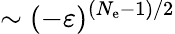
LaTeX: \sim(-\varepsilon)^{(N_{\mathrm{e}}-1)/2}